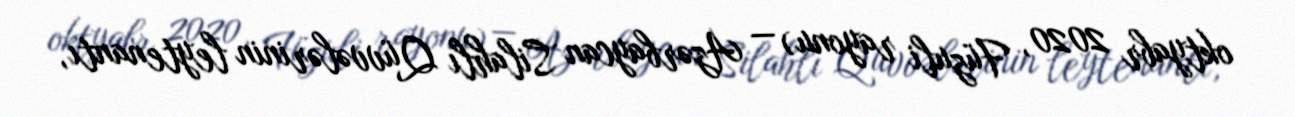
oktyabr 2020, Füzuli rayonu) — Azərbaycan Silahlı Qüvvələrinin leytenantı,